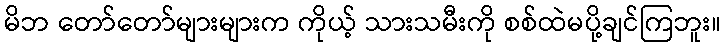
မိဘ တော်တော်များများက ကိုယ့် သားသမီးကို စစ်ထဲမပို့ချင်ကြဘူး။